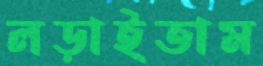
লড়াইতাম